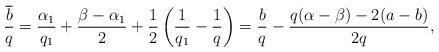
LaTeX: \begin{align*} \frac{\overline{b}}{q}=\frac{\alpha_1}{q_1}+\frac{\beta-\alpha_1}{2}+\frac{1}{2}\left(\frac{1}{q_1}-\frac{1}{q}\right)= \frac{b}{q}-\frac{q(\alpha-\beta)-2(a-b)}{2q}, \end{align*}